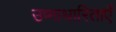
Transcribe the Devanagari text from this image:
उष्माधारिताएँ